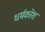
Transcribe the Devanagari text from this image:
धर्मकोश